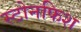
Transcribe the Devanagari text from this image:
स्टोनफिश